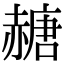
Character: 赯